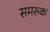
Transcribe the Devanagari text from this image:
समरुक